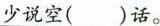
少说空( )话。